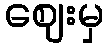
ဈေးမှ